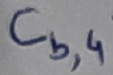
Text: Cb,4